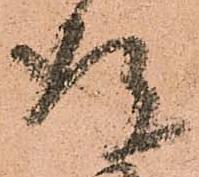
存